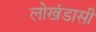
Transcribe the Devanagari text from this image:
लोखंडासी